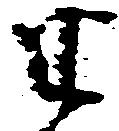
半